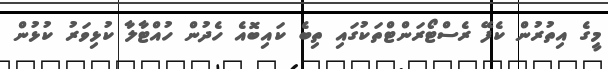
މީގެ އިތުރުން ކެފޭ ރެސްޓޯރަންޓްތަކުގައި ތިބެ ކައިބޮއެ ހެދުން ހުއްޓާލާ ކުޅިވަރު ކުޅުން